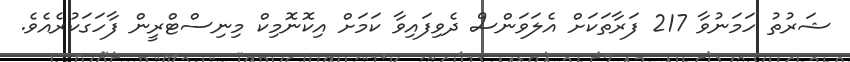
ޝަރުތު ހަމަނުވާ 217 ފަރާތަކަށް އެލަވަންސް ދެވިފައިވާ ކަމަށް އިކޮނޮމިކް މިނިސްޓްރީން ފާހަގަކުރެއެވެ.